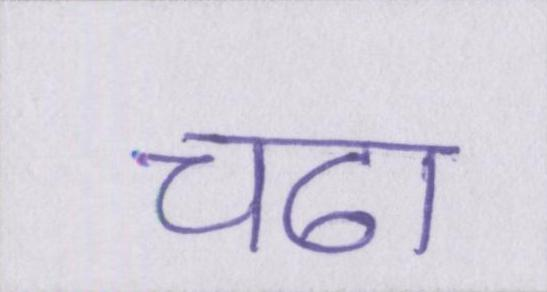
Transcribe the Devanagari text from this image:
चढा